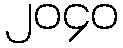
၂၀၄၀